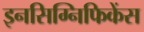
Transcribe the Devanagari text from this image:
इनसिग्निफिकेंस